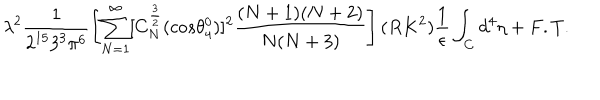
\lambda ^ { 2 } \frac { 1 } { 2 ^ { 1 5 } 3 ^ { 3 } \pi ^ { 6 } } \left[ \sum _ { N = 1 } ^ { \infty } [ C _ { N } ^ { \frac { 3 } { 2 } } ( c o s { \theta _ { 4 } ^ { 0 } } ) ] ^ { 2 } \frac { ( N + 1 ) ( N + 2 ) } { N ( N + 3 ) } \right] ( R K ^ { 2 } ) \frac { 1 } { \epsilon } \int _ { C } d ^ { 4 } { \eta } + F . T .